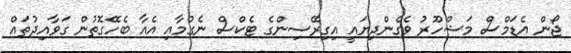
ޖޯން އެޑަމްސް މަޝްހޫރު ވެގެންދިޔައީ އިގިރޭސިންގެ ޓެކްސް ނެގުމާއި އެއާ ބެހޭގޮތުން ގަވާއިދުތައް